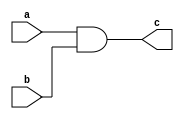
module and_gate(input a,input b,output c);
  and(c,a,b);
endmodule